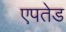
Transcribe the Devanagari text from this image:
एपतेड